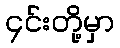
၄င်းတို့မှာ